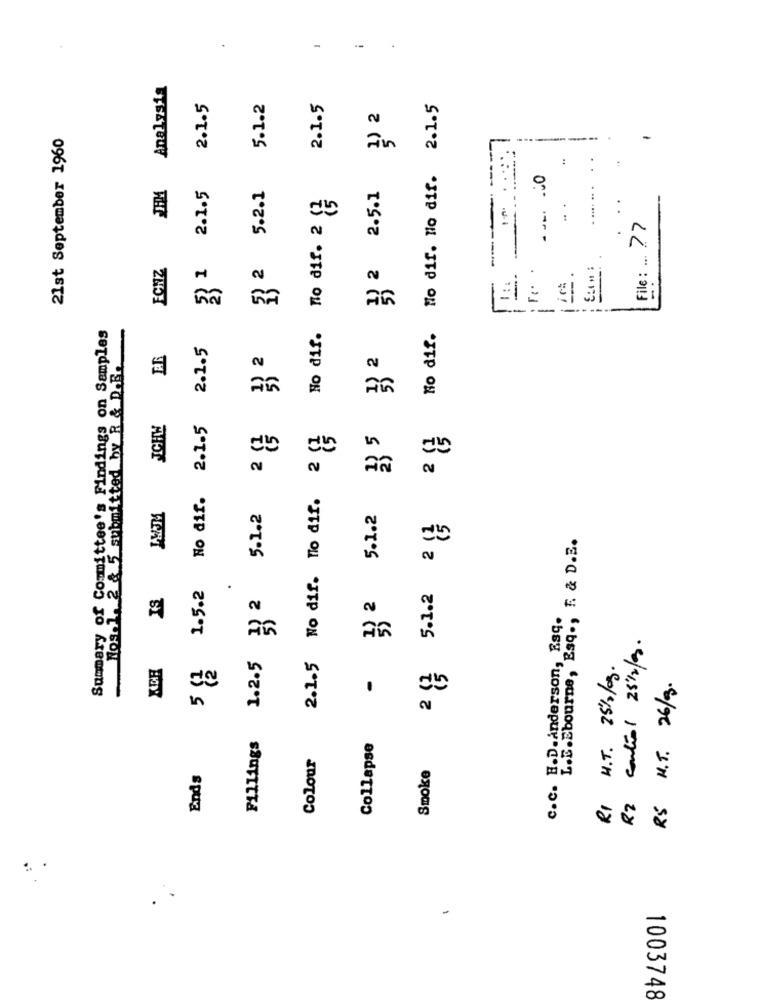
Analysis
2.1.5
5.1.2
2.1.5
Ho dif. Ho dif. No dif. 2.1.5
3) 2
21st September 1960
------
-
5.2.1
:
1) 2 33 2 2.5.1
2.1.5
. .... .. .
To dis. To air. 2 8}
.
i
File: 77
FCNZ
3 1
3 2
T .. .
IF !
-
---
Summary of Committee's Findings on Samples
Nos 1, 2 & 5 submitted by R & D.B.
2.1.5
ICHW
2.1-5
2 8
3 5
2.1.5 No dif. To dif. 2
2 g
£
No dif.
5-1.2
2 5.1.2
5.1.2 2 11
L.E.Ebourne, Esq ., F. & D.E.
1.5.2
IS
.
1) 2
C.C. H.D.Anderson, Esq.
R$ control 25/2/9.
1.2.5
.
2 13
RI H.T. 25/2/3.
RS H. T. 26/8.
in
Fillings
Colour
Collapse
Smoke
Ends
-
1003748